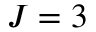
J = 3